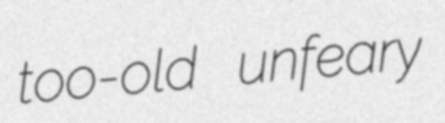
too-old unfeary